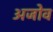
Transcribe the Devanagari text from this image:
अजोव